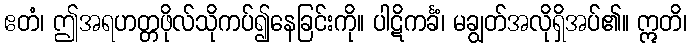
ဧတံ၊ ဤအရဟတ္တဖိုလ်သိုကပ်၍နေခြင်းကို။ ပါဋိကင်္ခံ၊ မချွတ်အလိုရှိအပ်၏။ ဣတိ၊